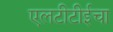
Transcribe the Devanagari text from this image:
एलटीटीईचा